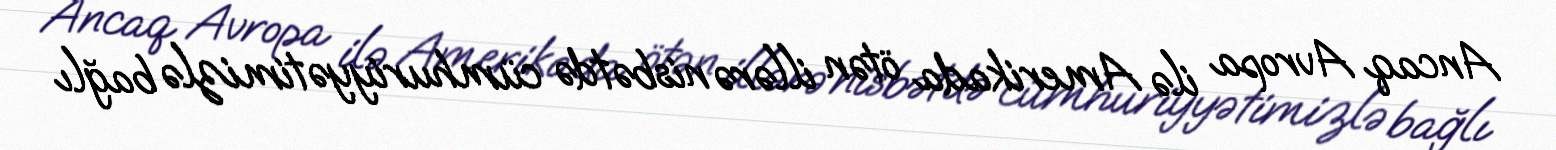
Ancaq Avropa ilə Amerikada ötən illərə nisbətdə cümhuriyyətimizlə bağlı